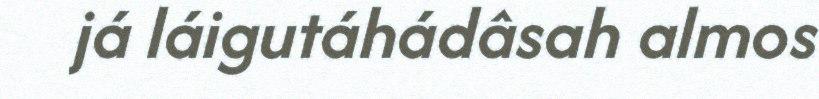
já láigutáhádâsah almos